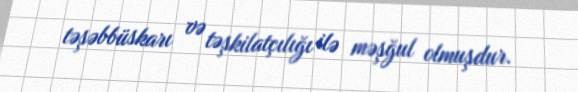
təşəbbüskarı və təşkilatçılığı ilə məşğul olmuşdur.